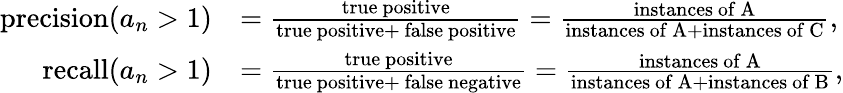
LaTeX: \begin{array}{rl}{\mathrm{precision}(a_{n}>1)}&{=\frac{\mathrm{true~positive}}{\mathrm{true~positive}+\mathrm{\mathbf~false~positive}}=\frac{\mathrm{instances~of~A}}{\mathrm{instances~of~A}+\mathrm{instances~of~C}},}\\ {\mathrm{recall}(a_{n}>1)}&{=\frac{\mathrm{true~positive}}{\mathrm{true~positive}+\mathrm{\mathbf~false~negative}}=\frac{\mathrm{instances~of~A}}{\mathrm{instances~of~A}+\mathrm{instances~of~B}},}\end{array}